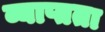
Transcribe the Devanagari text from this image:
व्याप्तता